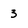
Character: 3